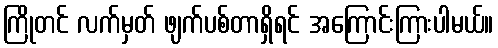
ကြိုတင် လက်မှတ် ဖျက်ပစ်တာရှိရင် အကြောင်းကြားပါမယ်။